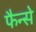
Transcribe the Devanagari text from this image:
फैन्से